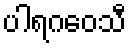
ပါရဂဝေသီ